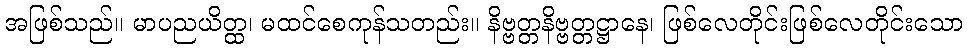
အဖြစ်သည်။ မာပညယိတ္ထ၊ မထင်စေကုန်သတည်း။ နိဗ္ဗတ္တနိဗ္ဗတ္တဋ္ဌာနေ၊ ဖြစ်လေတိုင်းဖြစ်လေတိုင်းသော